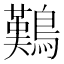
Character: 𪄿